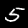
Label: 5